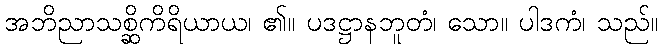
အဘိညာသစ္ဆိကိရိယာယ၊ ၏။ ပဒဋ္ဌာနဘူတံ၊ သော။ ပါဒကံ၊ သည်။